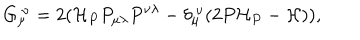
G _ { \mu } ^ { ~ \nu } = 2 ( { \cal H } _ { P } P _ { \mu \lambda } P ^ { \nu \lambda } - \delta _ { \mu } ^ { ~ \nu } ( 2 P { \cal H } _ { P } - { \cal H } ) ) ,